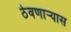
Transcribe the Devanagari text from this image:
ठेवणाऱ्यास